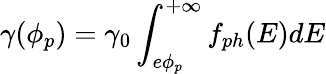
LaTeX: \gamma(\phi_{p})=\gamma_{0}\int_{e\phi_{p}}^{+\infty}f_{ph}(E)dE